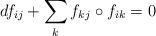
LaTeX: \begin{align*} df_{ij}+\sum_{k}f_{kj}\circ f_{ik}=0 \end{align*}